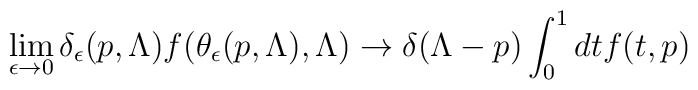
\lim_{\epsilon \rightarrow 0} \delta_{\epsilon}(p,\Lambda)f(\theta_{\epsilon}(p,\Lambda),\Lambda) \rightarrow \delta(\Lambda-p)\int^1_0 dt f(t,p)